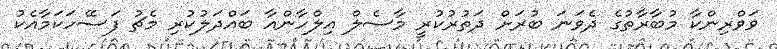
ވަވްރިންކާ މުބާރާތުގެ ދެވަނަ ބުރަށް ދަތުރުކުރީ މާސެލް އިލްހާންއާ ބައްދަލުކުރި މެޗު ފަސޭހަކަމާއެކު